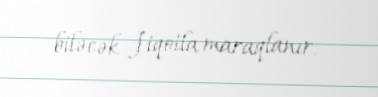
biləcək Jiqotla maraqlanır.